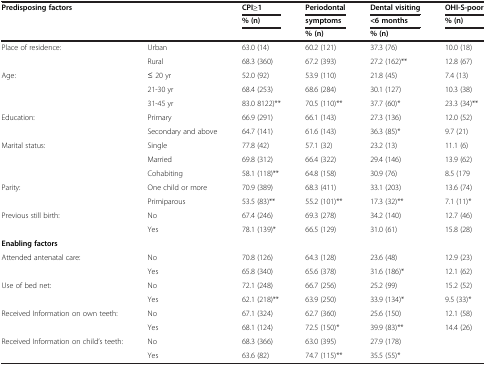
<table><thead><tr><td><b>Predisposing factors</b></td><td><b> </b></td><td><b>CPI≥1</b></td><td><b>Periodontal</b></td><td><b>Dental visiting</b></td><td><b>OHI-S-poor</b></td></tr><tr><td><b> </b></td><td><b> </b></td><td><b>% (n)</b></td><td><b>symptoms</b></td><td><b>&lt;6 months</b></td><td><b>% (n)</b></td></tr><tr><td><b> </b></td><td><b> </b></td><td><b> </b></td><td><b>% (n)</b></td><td><b>% (n)</b></td><td><b> </b></td></tr></thead><tbody><tr><td>Place of residence:</td><td>Urban</td><td>63.0 (14)</td><td>60.2 (121)</td><td>37.3 (76)</td><td>10.0 (18)</td></tr><tr><td> </td><td>Rural</td><td>68.3 (360)</td><td>67.2 (393)</td><td>27.2 (162)**</td><td>12.8 (67)</td></tr><tr><td>Age:</td><td>≤ 20 yr</td><td>52.0 (92)</td><td>53.9 (110)</td><td>21.8 (45)</td><td>7.4 (13)</td></tr><tr><td> </td><td>21-30 yr</td><td>68.4 (253)</td><td>68.6 (284)</td><td>30.1 (127)</td><td>10.3 (38)</td></tr><tr><td> </td><td>31-45 yr</td><td>83.0 8122)**</td><td>70.5 (110)**</td><td>37.7 (60)*</td><td>23.3 (34)**</td></tr><tr><td>Education:</td><td>Primary</td><td>66.9 (291)</td><td>66.1 (143)</td><td>27.3 (136)</td><td>12.0 (52)</td></tr><tr><td> </td><td>Secondary and above</td><td>64.7 (141)</td><td>61.6 (143)</td><td>36.3 (85)*</td><td>9.7 (21)</td></tr><tr><td>Marital status:</td><td>Single</td><td>77.8 (42)</td><td>57.1 (32)</td><td>23.2 (13)</td><td>11.1 (6)</td></tr><tr><td> </td><td>Married</td><td>69.8 (312)</td><td>66.4 (322)</td><td>29.4 (146)</td><td>13.9 (62)</td></tr><tr><td> </td><td>Cohabiting</td><td>58.1 (118)**</td><td>64.8 (158)</td><td>30.9 (76)</td><td>8.5 (179</td></tr><tr><td>Parity:</td><td>One child or more</td><td>70.9 (389)</td><td>68.3 (411)</td><td>33.1 (203)</td><td>13.6 (74)</td></tr><tr><td> </td><td>Primiparous</td><td>53.5 (83)**</td><td>55.2 (101)**</td><td>17.3 (32)**</td><td>7.1 (11)*</td></tr><tr><td>Previous still birth:</td><td>No</td><td>67.4 (246)</td><td>69.3 (278)</td><td>34.2 (140)</td><td>12.7 (46)</td></tr><tr><td> </td><td>Yes</td><td>78.1 (139)*</td><td>66.5 (129)</td><td>31.0 (61)</td><td>15.8 (28)</td></tr><tr><td><b>Enabling factors</b></td><td> </td><td> </td><td> </td><td> </td><td> </td></tr><tr><td>Attended antenatal care:</td><td>No</td><td>70.8 (126)</td><td>64.3 (128)</td><td>23.6 (48)</td><td>12.9 (23)</td></tr><tr><td> </td><td>Yes</td><td>65.8 (340)</td><td>65.6 (378)</td><td>31.6 (186)*</td><td>12.1 (62)</td></tr><tr><td>Use of bed net:</td><td>No</td><td>72.1 (248)</td><td>66.7 (256)</td><td>25.2 (99)</td><td>15.2 (52)</td></tr><tr><td> </td><td>Yes</td><td>62.1 (218)**</td><td>63.9 (250)</td><td>33.9 (134)*</td><td>9.5 (33)*</td></tr><tr><td>Received Information on own teeth:</td><td>No</td><td>67.1 (324)</td><td>62.7 (360)</td><td>25.6 (150)</td><td>12.1 (58)</td></tr><tr><td> </td><td>Yes</td><td>68.1 (124)</td><td>72.5 (150)*</td><td>39.9 (83)**</td><td>14.4 (26)</td></tr><tr><td>Received Information on child’s teeth:</td><td>No</td><td>68.3 (366)</td><td>63.0 (395)</td><td>27.9 (178)</td><td> </td></tr><tr><td> </td><td>Yes</td><td>63.6 (82)</td><td>74.7 (115)**</td><td>35.5 (55)*</td><td> </td></tr></tbody></table>